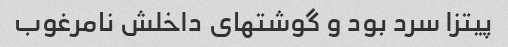
پیتزا سرد بود و گوشتهای داخلش نامرغوب